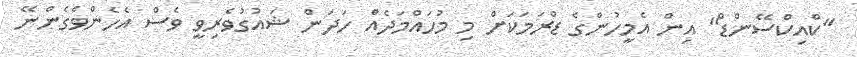
"ކްއިކްސޭންޑް" އިން އެމީހުންގެ ޑްރަމަކަށް މި މުހައްމަދެއް ހަދަން ޝައުގުވެރިވީ ވެސް އެހެންވެގެންނޭ